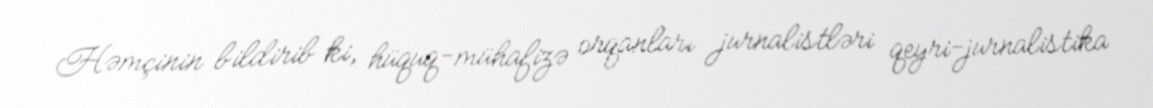
Həmçinin bildirib ki, hüquq-mühafizə orqanları jurnalistləri qeyri-jurnalistika